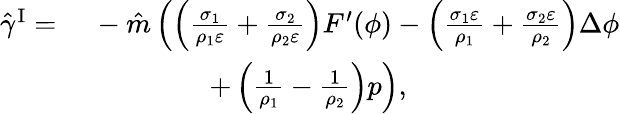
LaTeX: \begin{array}{rl}{\hat{\gamma}^{\mathrm{I}}=}&{~-\hat{m}\left(\left(\frac{\sigma_{1}}{\rho_{1}\varepsilon}+\frac{\sigma_{2}}{\rho_{2}\varepsilon}\right)F^{\prime}(\phi)-\left(\frac{\sigma_{1}\varepsilon}{\rho_{1}}+\frac{\sigma_{2}\varepsilon}{\rho_{2}}\right)\Delta\phi\right.}\\ &{~\quad\quad\quad\quad\left.+\left(\frac{1}{\rho_{1}}-\frac{1}{\rho_{2}}\right)p\right),}\end{array}